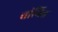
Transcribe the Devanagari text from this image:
वांचित